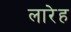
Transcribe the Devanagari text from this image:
लारेह